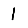
Digit: 1